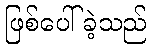
ဖြစ်ပေါ်ခဲ့သည်